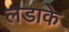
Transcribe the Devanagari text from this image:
लडाके